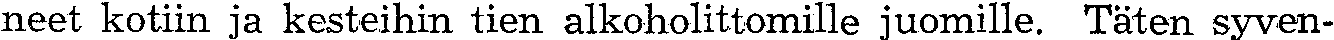
neet kotiin ja kesteihin tien alkoholittomille juomille. Täten syven-